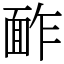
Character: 䩆